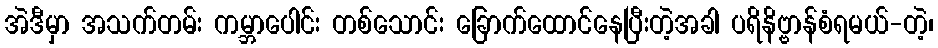
အဲဒီမှာ အသက်တမ်း ကမ္ဘာပေါင်း တစ်သောင်း ခြောက်ထောင်နေပြီးတဲ့အခါ ပရိနိဗ္ဗာန်စံရမယ်-တဲ့၊